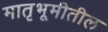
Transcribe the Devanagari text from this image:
मातृभूमीतील